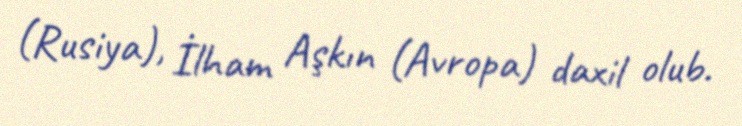
(Rusiya), İlham Aşkın (Avropa) daxil olub.